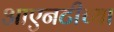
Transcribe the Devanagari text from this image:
आएनटीच्या